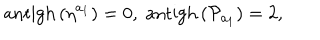
\mathrm { a n t i g h } \left( \eta ^ { a _ { 1 } } \right) = 0 , \; \mathrm { a n t i g h } \left( \mathcal { P } _ { a _ { 1 } } \right) = 2 ,